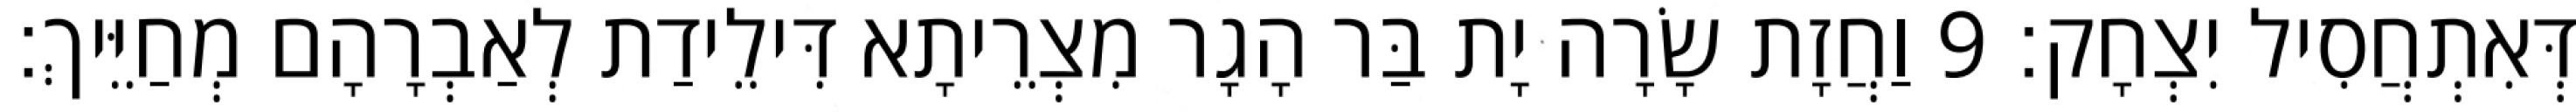
דְּאִתְחֲסִיל יִצְחָק׃ 9 וַחֲזָת שָׂרָה יָת בַּר הָגָר מִצְרֵיתָא דִּילֵידַת לְאַבְרָהָם מְחַיֵּיךְ׃